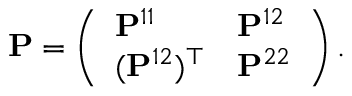
\mathbf { P } = \left( \begin{array} { l l } { \mathbf { P } ^ { 1 1 } } & { \mathbf { P } ^ { 1 2 } } \\ { ( \mathbf { P } ^ { 1 2 } ) ^ { \top } } & { \mathbf { P } ^ { 2 2 } } \end{array} \right) .